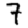
Digit: 7